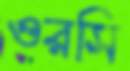
ওরসি